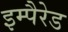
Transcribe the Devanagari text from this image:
इम्पैरेड